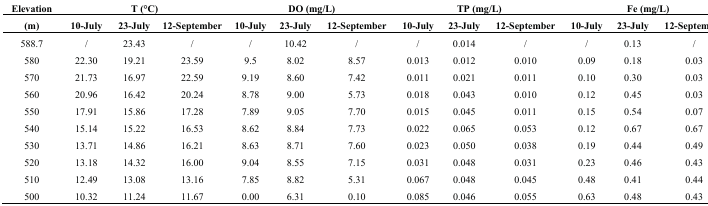
<table><thead><tr><td><b>Elevation</b></td><td colspan="3"><b>T (°C)</b></td><td colspan="3"><b>DO (mg/L)</b></td><td colspan="3"><b>TP (mg/L)</b></td><td colspan="3"><b>Fe (mg/L)</b></td></tr><tr><td><b>(m)</b></td><td><b>10-July</b></td><td><b>23-July</b></td><td><b>12-September</b></td><td><b>10-July</b></td><td><b>23-July</b></td><td><b>12-September</b></td><td><b>10-July</b></td><td><b>23-July</b></td><td><b>12-September</b></td><td><b>10-July</b></td><td><b>23-July</b></td><td><b>12-September</b></td></tr></thead><tbody><tr><td>588.7</td><td>/</td><td>23.43</td><td>/</td><td>/</td><td>10.42</td><td>/</td><td>/</td><td>0.014</td><td>/</td><td>/</td><td>0.13</td><td>/</td></tr><tr><td>580</td><td>22.30</td><td>19.21</td><td>23.59</td><td>9.5</td><td>8.02</td><td>8.57</td><td>0.013</td><td>0.012</td><td>0.010</td><td>0.09</td><td>0.18</td><td>0.03</td></tr><tr><td>570</td><td>21.73</td><td>16.97</td><td>22.59</td><td>9.19</td><td>8.60</td><td>7.42</td><td>0.011</td><td>0.021</td><td>0.011</td><td>0.10</td><td>0.30</td><td>0.03</td></tr><tr><td>560</td><td>20.96</td><td>16.42</td><td>20.24</td><td>8.78</td><td>9.00</td><td>5.73</td><td>0.018</td><td>0.043</td><td>0.010</td><td>0.12</td><td>0.45</td><td>0.03</td></tr><tr><td>550</td><td>17.91</td><td>15.86</td><td>17.28</td><td>7.89</td><td>9.05</td><td>7.70</td><td>0.015</td><td>0.045</td><td>0.011</td><td>0.15</td><td>0.54</td><td>0.07</td></tr><tr><td>540</td><td>15.14</td><td>15.22</td><td>16.53</td><td>8.62</td><td>8.84</td><td>7.73</td><td>0.022</td><td>0.065</td><td>0.053</td><td>0.12</td><td>0.67</td><td>0.67</td></tr><tr><td>530</td><td>13.71</td><td>14.86</td><td>16.21</td><td>8.63</td><td>8.71</td><td>7.60</td><td>0.023</td><td>0.050</td><td>0.038</td><td>0.19</td><td>0.44</td><td>0.49</td></tr><tr><td>520</td><td>13.18</td><td>14.32</td><td>16.00</td><td>9.04</td><td>8.55</td><td>7.15</td><td>0.031</td><td>0.048</td><td>0.031</td><td>0.23</td><td>0.46</td><td>0.43</td></tr><tr><td>510</td><td>12.49</td><td>13.08</td><td>13.16</td><td>7.85</td><td>8.82</td><td>5.31</td><td>0.067</td><td>0.048</td><td>0.045</td><td>0.48</td><td>0.41</td><td>0.44</td></tr><tr><td>500</td><td>10.32</td><td>11.24</td><td>11.67</td><td>0.00</td><td>6.31</td><td>0.10</td><td>0.085</td><td>0.046</td><td>0.055</td><td>0.63</td><td>0.48</td><td>0.43</td></tr></tbody></table>